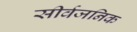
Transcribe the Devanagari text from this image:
सीर्वजनिक